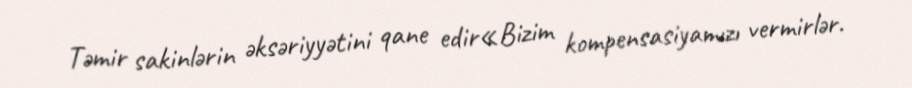
Təmir sakinlərin əksəriyyətini qane edir«Bizim kompensasiyamızı vermirlər.